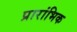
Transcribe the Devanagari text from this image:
प्रारांभिक